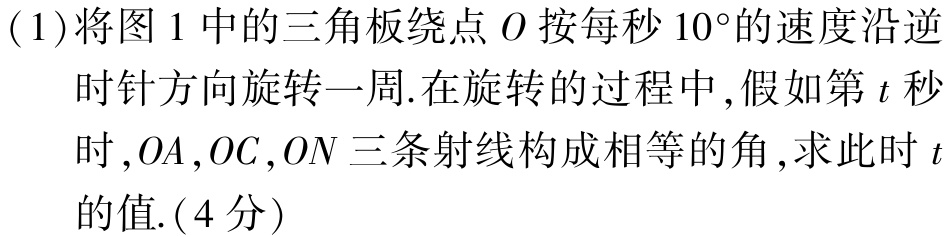
(1)将图1中的三角板绕点\(O\)按每秒\(10^{\circ}\)的速度沿逆时针方向旋转一周.在旋转的过程中,假如第\(t\)秒时,\(OA\),\(OC\),\(ON\)三条射线构成相等的角,求此时\(t\)的值.(4分)